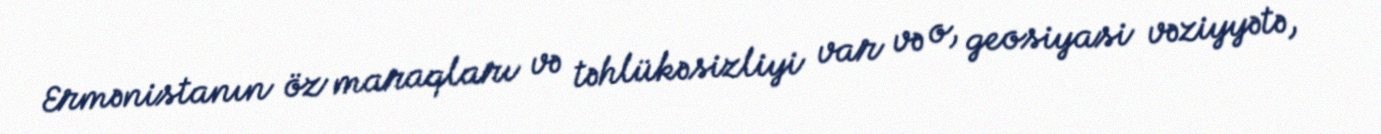
Ermənistanın öz maraqları və təhlükəsizliyi var və o, geosiyasi vəziyyətə,